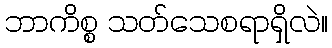
ဘာကိစ္စ သတ်သေစရာရှိလဲ။